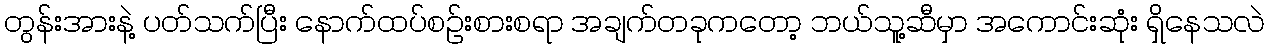
တွန်းအားနဲ့ ပတ်သက်ပြီး နောက်ထပ်စဉ်းစားစရာ အချက်တခုကတော့ ဘယ်သူ့ဆီမှာ အကောင်းဆုံး ရှိနေသလဲ